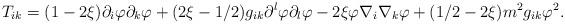
LaTeX: \begin{align*}T_{ik}=(1-2\xi )\partial _{i}\varphi \partial _{k}\varphi +(2\xi-1/2)g_{ik}\partial ^{l}\varphi \partial _{l}\varphi -2\xi \varphi \nabla_{i}\nabla _{k}\varphi +(1/2-2\xi )m^{2}g_{ik}\varphi ^{2}. \end{align*}